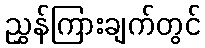
ညွှန်ကြားချက်တွင်